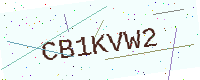
Text: CB1KVW2